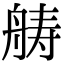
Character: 𮎍